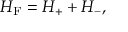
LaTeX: { \cal H } _ { \mathrm { F } } = { \cal H } _ { + } + { \cal H } _ { - } ,